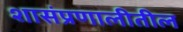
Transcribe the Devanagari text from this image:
शासंप्रणालीतील